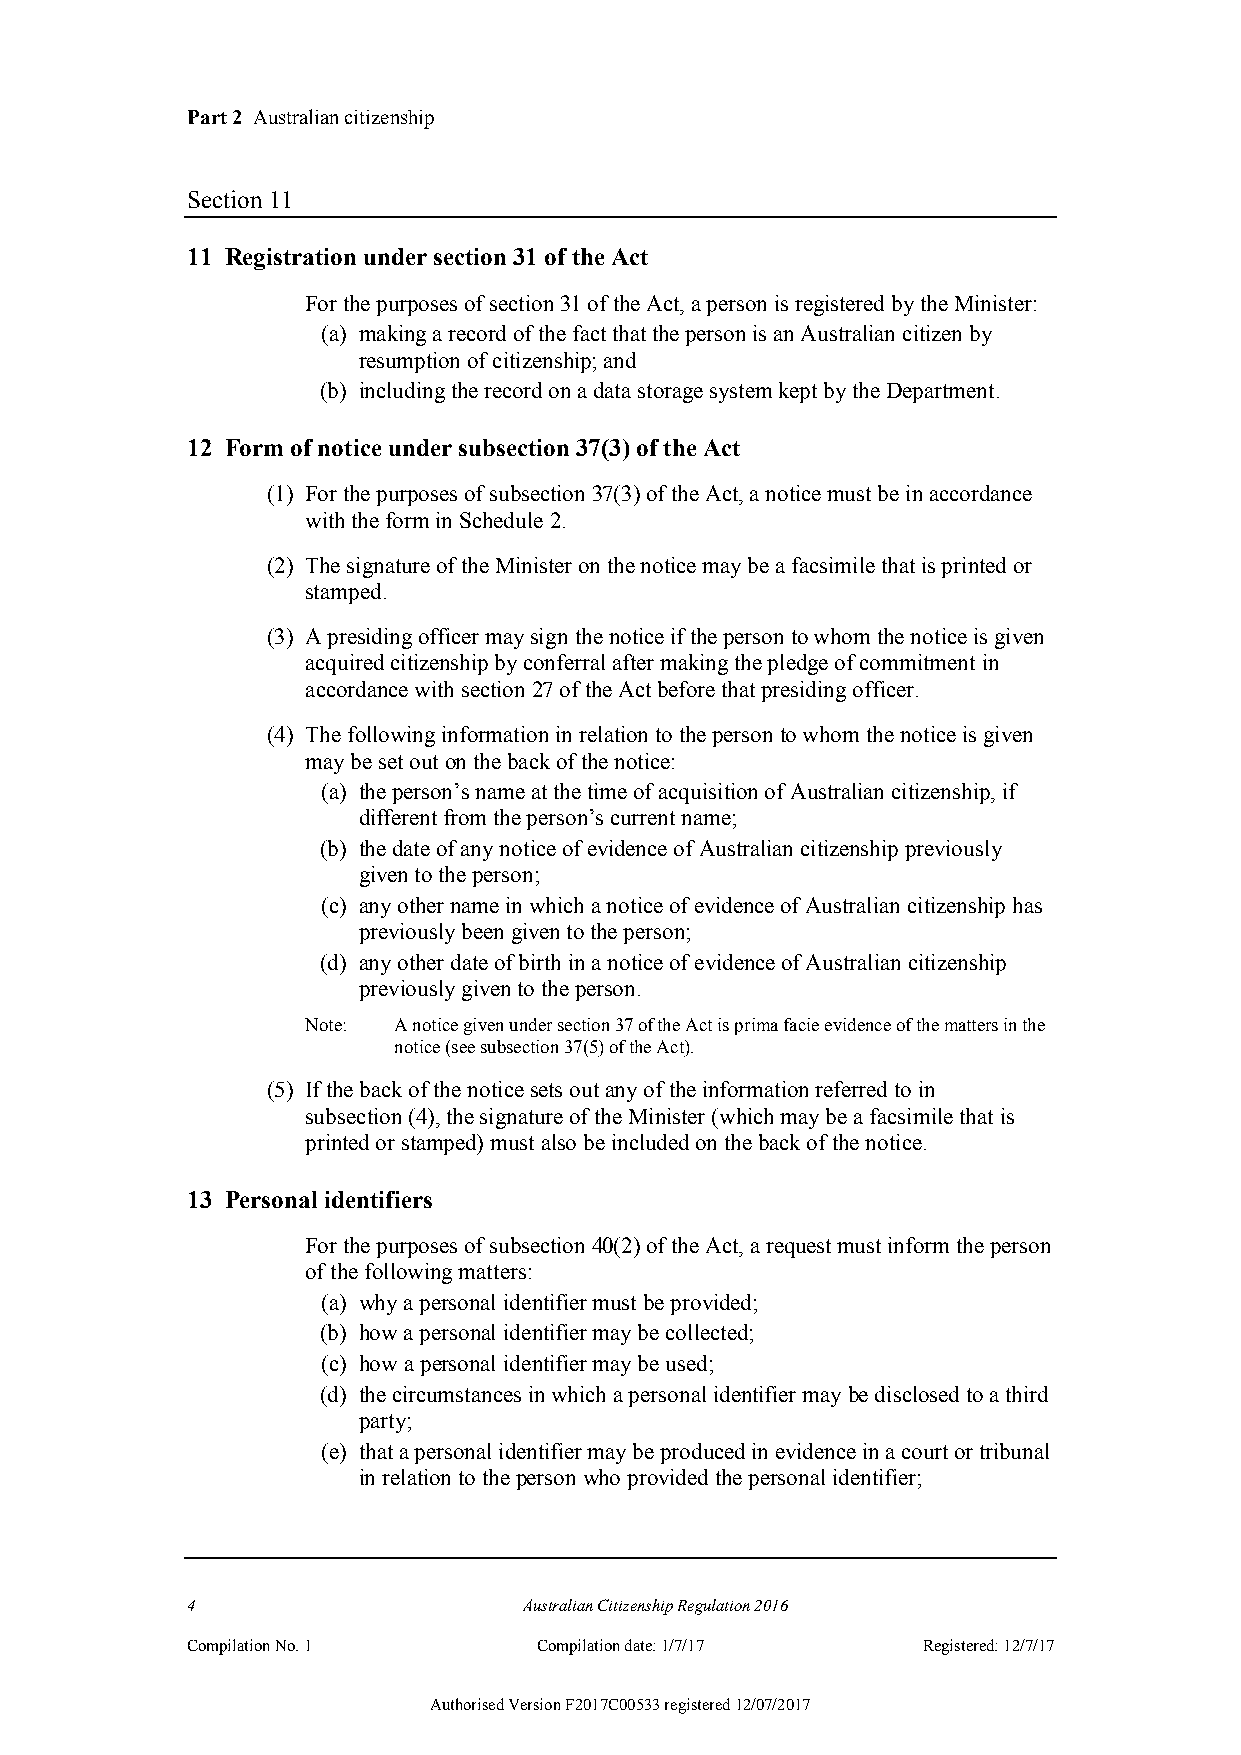
Part 2 Australian citizenship
 Section 11
 11 Registration under section 31 of the Act
 For the purposes of section 31 of the Act, a person is registered by the Minister:
 (a) making a record of the fact that the person is an Australian citizen by
 resumption of citizenship; and
 (b) including the record on a data storage system kept by the Department.
 12 Form of notice under subsection 37(3) of the Act
 (1) For the purposes of subsection 37(3) of the Act, a notice must be in accordance
 with the form in Schedule 2.
 (2) The signature of the Minister on the notice may be a facsimile that is printed or
 stamped.
 (3) A presiding officer may sign the notice if the person to whom the notice is given
 acquired citizenship by conferral after making the pledge of commitment in
 accordance with section 27 of the Act before that presiding officer.
 (4) The following information in relation to the person to whom the notice is given
 may be set out on the back of the notice:
 (a) the person’s name at the time of acquisition of Australian citizenship, if
 different from the person’s current name;
 (b) the date of any notice of evidence of Australian citizenship previously
 given to the person;
 (c) any other name in which a notice of evidence of Australian citizenship has
 previously been given to the person;
 (d) any other date of birth in a notice of evidence of Australian citizenship
 previously given to the person.
 Note: A notice given under section 37 of the Act is prima facie evidence of the matters in the
 notice (see subsection 37(5) of the Act).
 (5) If the back of the notice sets out any of the information referred to in
 subsection (4), the signature of the Minister (which may be a facsimile that is
 printed or stamped) must also be included on the back of the notice.
 13 Personal identifiers
 For the purposes of subsection 40(2) of the Act, a request must inform the person
 of the following matters:
 (a) why a personal identifier must be provided;
 (b) how a personal identifier may be collected;
 (c) how a personal identifier may be used;
 (d) the circumstances in which a personal identifier may be disclosed to a third
 party;
 (e) that a personal identifier may be produced in evidence in a court or tribunal
 in relation to the person who provided the personal identifier;
 4                      Australian Citizenship Regulation 2016
 Compilation No. 1       Compilation date: 1/7/17 Registered: 12/7/17
 Authorised Version F2017C00533 registered 12/07/2017